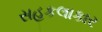
સહકલાકાર